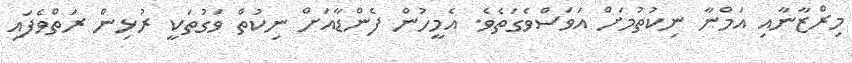
މިރްޒާނާއި އަމްނާ ނިކުތުމަށް އަވަސްވެގަތެވެ. އެމީހުން ފެންޑާއަށް ނިކުތް ވަގުތަކީ ރުޅިން ރަތްވެފައި